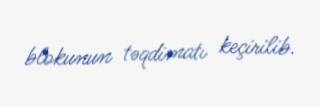
blokunun təqdimatı keçirilib.